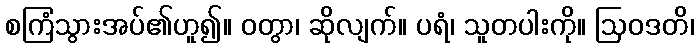
စကြံသွားအပ်၏ဟူ၍။ ဝတွာ၊ ဆိုလျက်။ ပရံ၊ သူတပါးကို။ ဩဝဒတိ၊